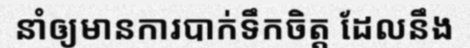
នាំឲ្យមានការបាក់ទឹកចិត្ត ដែលនឹង